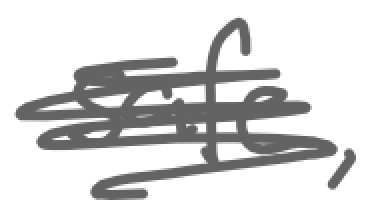
Text: safe,
Cross-out: scratch
Writing tool: digital_gray